Scientific memoirs by medical officers of the Army of India - Part X,
Year: 1897
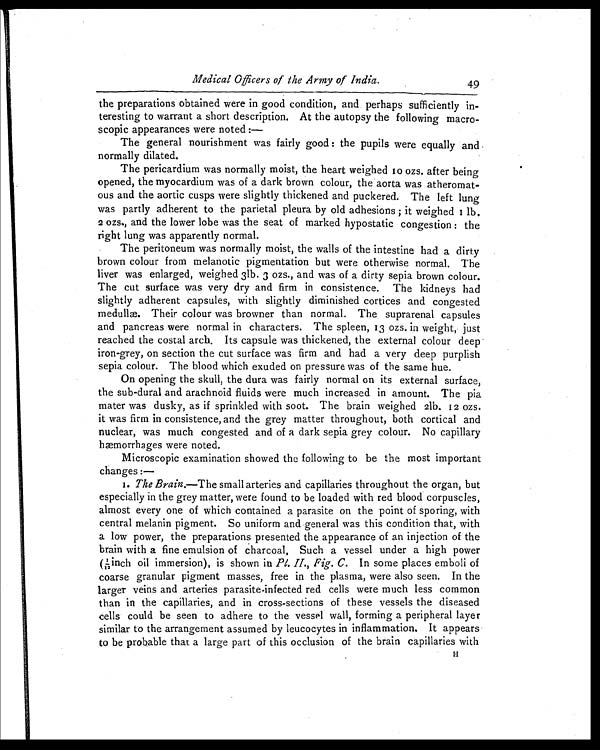
Medical Officers of the Army of India.
49
the preparations obtained were in good condition, and perhaps sufficiently in-
teresting to warrant a short description. At the autopsy the following macro-
scopic appearances were noted :-
The general nourishment was fairly good : the pupils were equally and
normally dilated.
The pericardium was normally moist, the heart weighed 10 ozs. after being
opened, the myocardium was of a dark brown colour, the aorta was atheromat-
ous and the aortic cusps were slightly thickened and puckered. The left lung
was partly adherent to the parietal pleura by old adhesions ; it weighed 1 lb.
2 ozs., and the lower lobe was the seat of marked hypostatic congestion : the
right lung was apparently normal.
The peritoneum was normally moist, the walls of the intestine had a dirty
brown colour from melanotic pigmentation but were otherwise normal. The
liver was enlarged, weighed 31b. 3 ozs., and was of a dirty sepia brown colour.
The cut surface was very dry and firm in consistence. The kidneys had
slightly adherent capsules, with slightly diminished cortices and congested
medullæ. Their colour was browner than normal. The suprarenal capsules
and pancreas were normal in characters. The spleen, 13 ozs. in weight, just
reached the costal arch. Its capsule was thickened, the external colour deep
iron-grey, on section the cut surface was firm and had a very deep purplish
sepia colour. The blood which exuded on pressure was of the same hue.
On opening the skull, the dura was fairly normal on its external surface,
the sub-dural and arachnoid fluids were much increased in amount. The pia
mater was dusky, as if sprinkled with soot. The brain weighed 21b. 12 ozs.
it was firm in consistence, and the grey matter throughout, both cortical and
nuclear, was much congested and of a dark sepia grey colour. No capillary
hæmorrhages were noted.
Microscopic examination showed the following to be the most important
changes :-
1.
The Brain.— T h e s m a l l a r t e r i e s a n d c a p i l l a r i e s t h r o u g h o u t t h e o r g a n , b u t
especially in the grey matter, were found to be loaded with red blood corpuscles,
almost every one of which contained a parasite on the point of sporing, with
central melanin pigment. So uniform and general was this condition that, with
a low power, the preparations presented the appearance of an injection of the
brain with a fine emulsion of charcoal. Such a vessel under a high power
( 1 / 1 2 i n c h o i l i m m e r s i o n ) , i s s h o w n i n P l . I I . , F i g . C .
I n s o m e p l a c e s e m b o l i o f
coarse granular pigment masses, free in the plasma, were also seen. In the
larger veins and arteries parasite-infected red cells were much less common
than in the capillaries, and in cross-sections of these vessels the diseased
cells could be seen to adhere to the vessel wall, forming a peripheral layer
similar to the arrangement assumed by leucocytes in inflammation. It appears
to be probable that a large part of this occlusion of the brain capillaries with H